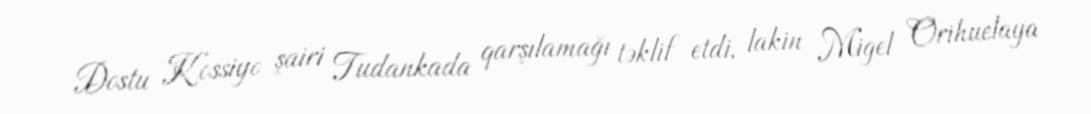
Dostu Kossiyo şairi Tudankada qarşılamağı təklif etdi, lakin Migel Orihuelaya